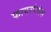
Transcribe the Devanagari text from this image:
फायरपेलेस